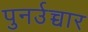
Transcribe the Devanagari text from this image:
पुनर्उच्चार